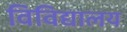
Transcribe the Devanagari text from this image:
विविद्यालय